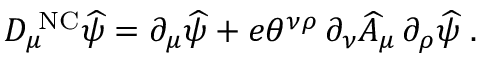
D _ { \mu } ^ { \mathrm { \scriptsize ~ N C } } \widehat \psi = \partial _ { \mu } \widehat \psi + e \theta ^ { \nu \rho } \, \partial _ { \nu } \widehat A _ { \mu } \, \partial _ { \rho } \widehat \psi \; .